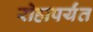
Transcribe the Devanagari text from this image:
रोहापर्यंत